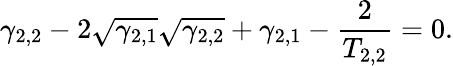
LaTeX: \gamma_{2,2}-2\sqrt{\gamma_{2,1}}\sqrt{\gamma_{2,2}}+\gamma_{2,1}-\frac{2}{T_{2,2}}=0.